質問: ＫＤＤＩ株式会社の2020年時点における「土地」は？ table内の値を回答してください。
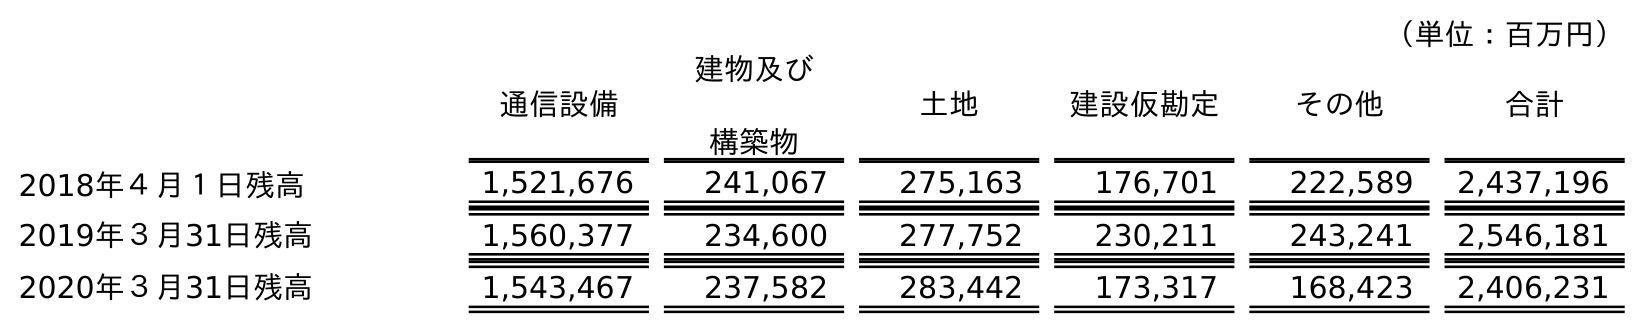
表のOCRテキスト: （単位：百万円） 通信設備 建物及び 構築物 土地 建設仮勘定 その他 合計 2018年４月１日残高 1,521,676 241,067 275,163 176,701 222,589 2,437,196 2019年３月31日残高 1,560,377 234,600 277,752 230,211 243,241 2,546,181 2020年３月31日残高 1,543,467 237,582 283,442 173,317 168,423 2,406,231
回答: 283,442